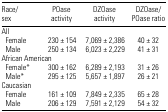
| Race/sex | POase activity | DZOase activity | DZOase/POase ratio |
 | --- | --- | --- | --- |
 | <COLSPAN=4> All |
 | Female | 230 ± 154 | 7,069 ± 2,386 | 40 ± 32 |
 | Male | 250 ± 134 | 6,023 ± 2,229 | 41 ± 31 |
 | <COLSPAN=4> African American |
 | Female* | 300 ± 162 | 6,289 ± 2,193 | 31 ± 26 |
 | Male* | 295 ± 125 | 5,657 ± 1,897 | 26 ± 21 |
 | <COLSPAN=4> Caucasian |
 | Female | 161 ± 109 | 7,849 ± 2,335 | 65 ± 28 |
 | Male | 206 ± 129 | 7,591 ± 2,129 | 54 ± 32 |